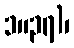
၁။၃၇)၊